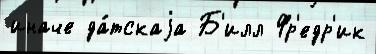
иначе да́тскаjа Б'илл Фр'едр'ик